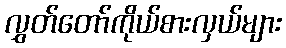
လွှတ်တော်ကိုယ်စားလှယ်များ